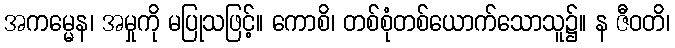
အကမ္မေန၊ အမှုကို မပြုသဖြင့်။ ကောစိ၊ တစ်စုံတစ်ယောက်သောသူ၌။ န ဇီဝတိ၊